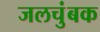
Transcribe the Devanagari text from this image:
जलचुंबक